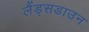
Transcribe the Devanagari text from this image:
लैंड्सडाउन